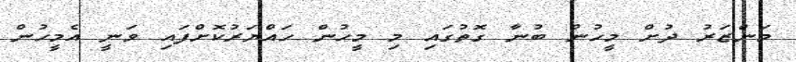
މަންޒަރު ދުށް މީހުން ބުނާ ގޮތުގައި މި މީހުން ހައްޔަރުކޮށްފައި ވަނީ އެމީހުން